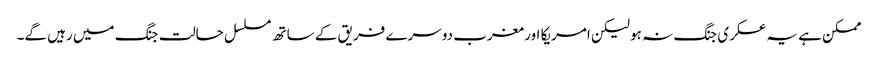
ممکن ہے یہ عسکری جنگ نہ ہو لیکن امریکا اور مغرب دوسرے فریق کے ساتھ مسلسل حالت جنگ میں رہیں گے۔